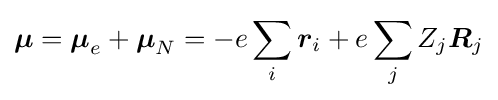
{\boldsymbol {\mu }}={\boldsymbol {\mu }}_{e}+{\boldsymbol {\mu }}_{N}=-e\sum \limits _{i}{\boldsymbol {r}}_{i}+e\sum \limits _{j}Z_{j}{\boldsymbol {R}}_{j}